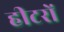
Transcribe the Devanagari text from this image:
हीटरों